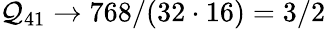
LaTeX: \mathcal{Q}_{41}\to 768/(32\cdot 16)=3/2